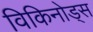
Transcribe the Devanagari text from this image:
विकिनोड्स